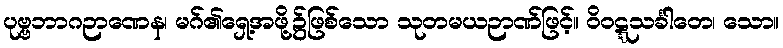
ပုဗ္ဗဘာဂဉာဏေန၊ မဂ်၏ရှေ့အဖို့၌ဖြစ်သော သုတမယဉာဏ်ဖြင့်။ ဝိဝဋ္ဋသင်္ခါတေ၊ သော။